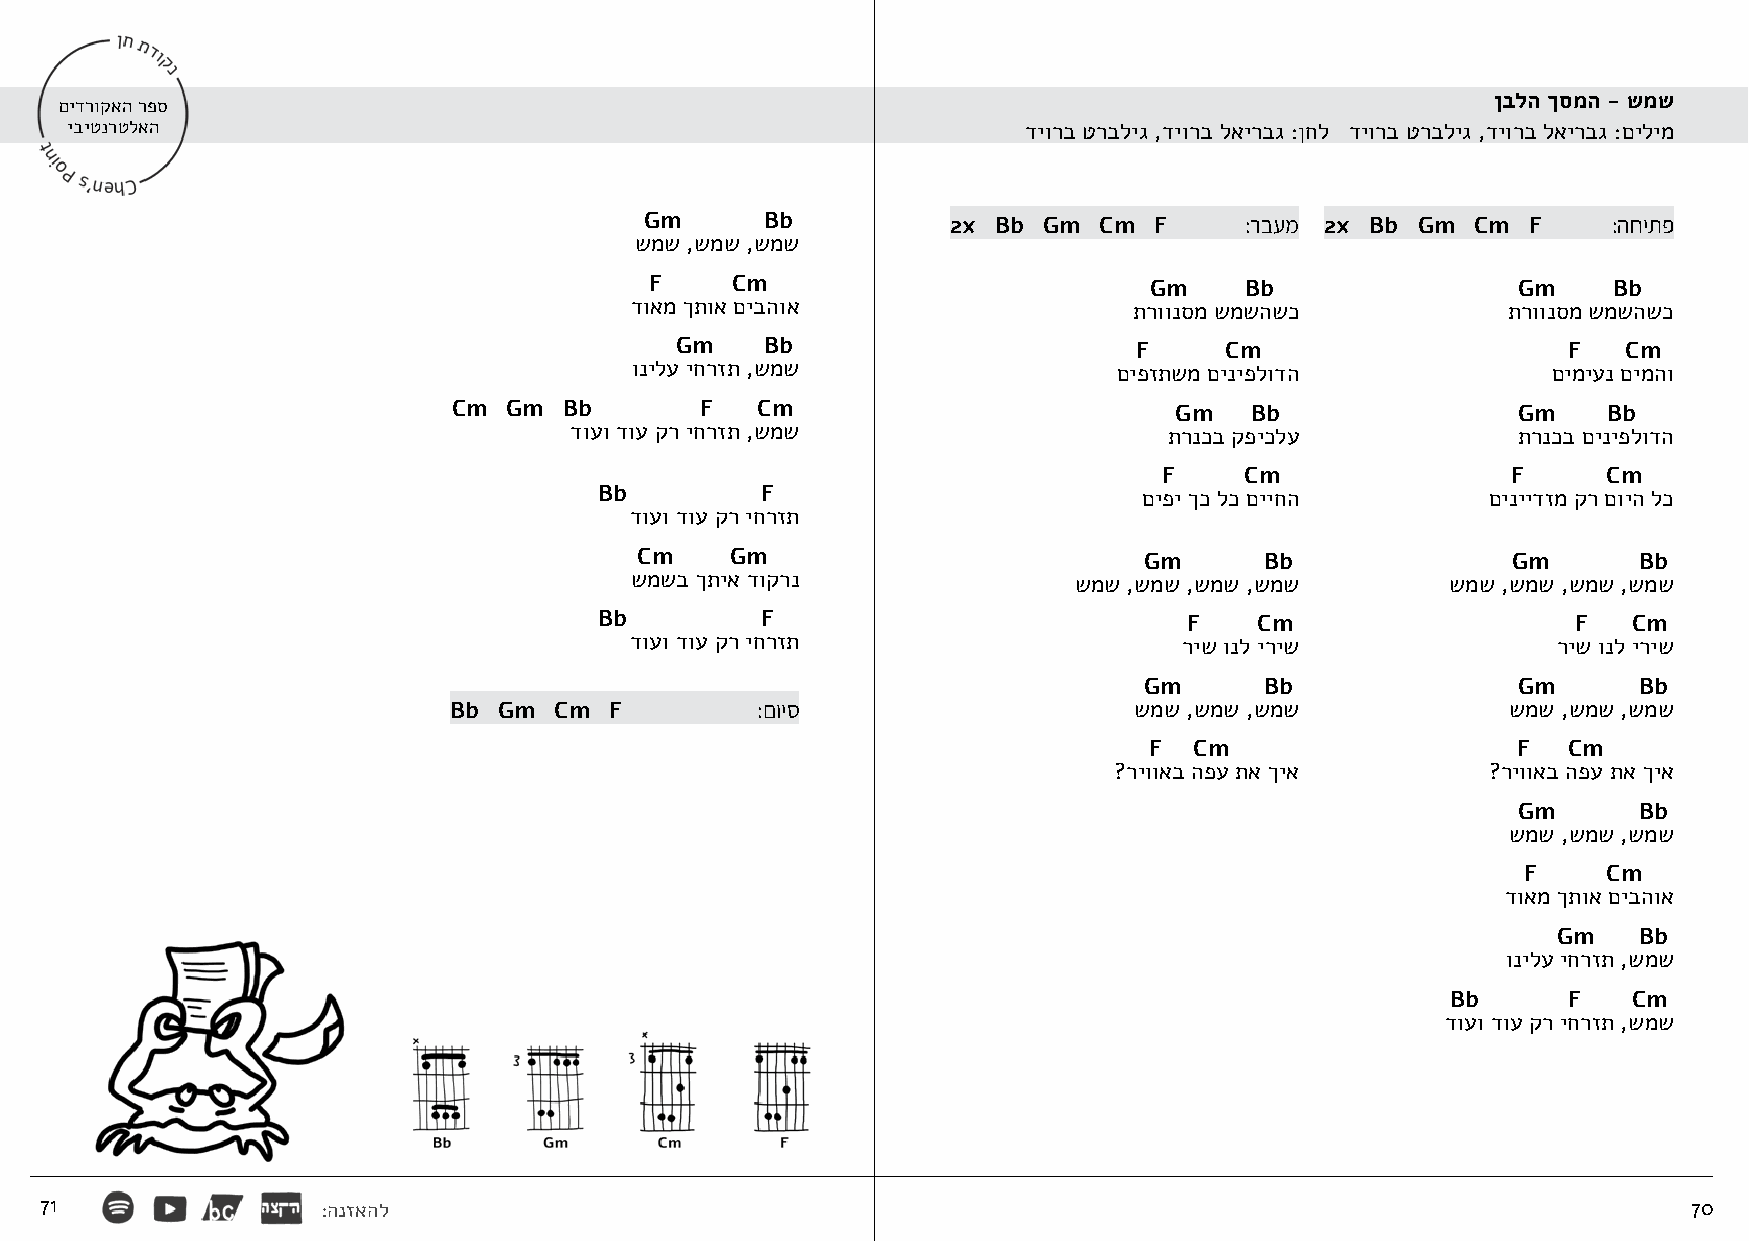
ןבלה ךסמה - שמש
 םידרוקאה רפס
 יביטנרטלאה                                                      דיורב טרבליג ,דיורב לאירבג :ןחל דיורב טרבליג ,דיורב לאירבג :םילימ
 Gm      Bb          2x Bb Gm  Cm F     :רבעמ 2x Bb Gm  Cm F     :החיתפ
 שמש ,שמש ,שמש
 F    Cm                          Gm    Bb                Gm     Bb
 דואמ ךתוא םיבהוא                 תרוונסמ שמשהשכ           תרוונסמ שמשהשכ
 Gm    Bb                      F     Cm                     F   Cm
 ונילע יחרזת ,שמש                םיפזתשמ םיניפלודה            םימיענ םימהו
 Cm Gm  Bb       F   Cm                          Gm   Bb               Gm    Bb
 דועו דוע קר יחרזת ,שמש                 תרנכב קפיכלע           תרנכב םיניפלודה
 F    Cm                F     Cm
 Bb        F                         םיפי ךכ לכ םייחה       םיניידזמ קר םויה לכ
 דועו דוע קר יחרזת
 Cm    Gm                          Gm      Bb              Gm      Bb
 שמשב ךתיא דוקרנ              שמש ,שמש ,שמש ,שמש       שמש ,שמש ,שמש ,שמש
 Bb        F                            F   Cm                   F   Cm
 דועו דוע קר יחרזת                   ריש ונל יריש             ריש ונל יריש
 Gm      Bb              Gm      Bb
 Bb Gm  Cm F         :םויס                    שמש ,שמש ,שמש            שמש ,שמש ,שמש
 F  Cm                   F   Cm
 ?ריוואב הפע תא ךיא       ?ריוואב הפע תא ךיא
 Gm      Bb
 שמש ,שמש ,שמש
 F    Cm
 דואמ ךתוא םיבהוא
 Gm   Bb
 ונילע יחרזת ,שמש
 Bb      F   Cm
 דועו דוע קר יחרזת ,שמש
 71                :הנזאהל                                                                                    70